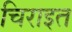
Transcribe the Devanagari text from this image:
चिराइत